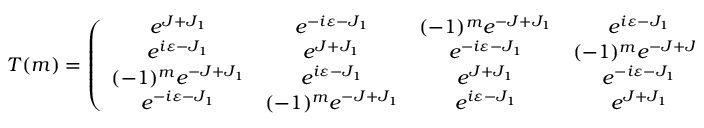
T ( m ) = \left( \begin{array} { c c c c } { { e ^ { J + J _ { 1 } } } } & { { e ^ { - i \varepsilon - J _ { 1 } } } } & { { ( - 1 ) ^ { m } e ^ { - J + J _ { 1 } } } } & { { e ^ { i \varepsilon - J _ { 1 } } } } \\ { { e ^ { i \varepsilon - J _ { 1 } } } } & { { e ^ { J + J _ { 1 } } } } & { { e ^ { - i \varepsilon - J _ { 1 } } } } & { { ( - 1 ) ^ { m } e ^ { - J + J _ { 1 } } } } \\ { { ( - 1 ) ^ { m } e ^ { - J + J _ { 1 } } } } & { { e ^ { i \varepsilon - J _ { 1 } } } } & { { e ^ { J + J _ { 1 } } } } & { { e ^ { - i \varepsilon - J _ { 1 } } } } \\ { { e ^ { - i \varepsilon - J _ { 1 } } } } & { { ( - 1 ) ^ { m } e ^ { - J + J _ { 1 } } } } & { { e ^ { i \varepsilon - J _ { 1 } } } } & { { e ^ { J + J _ { 1 } } } } \end{array} \right)